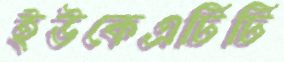
ইউকেএটিটি